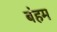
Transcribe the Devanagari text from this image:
बंहम